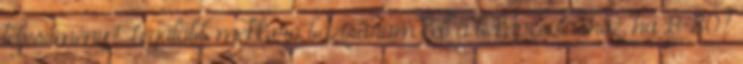
teljesítmény? Legalább mekkora bázisáram kell a bekapcsoláshoz, ha B=80?